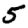
Digit: 5